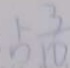
5 \frac { 3 } { 1 0 }